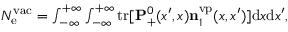
\begin{array} { r } { N _ { \mathrm { e } } ^ { \mathrm { v a c } } = \int _ { - \infty } ^ { + \infty } \int _ { - \infty } ^ { + \infty } \ensuremath { \mathrm { t r } } [ \ensuremath { \mathbf { P } } _ { + } ^ { 0 } ( x ^ { \prime } , x ) \ensuremath { \mathbf { n } } _ { 1 } ^ { \mathrm { v p } } ( x , x ^ { \prime } ) ] \ensuremath { \mathrm { d } } x \ensuremath { \mathrm { d } } x ^ { \prime } , } \end{array}